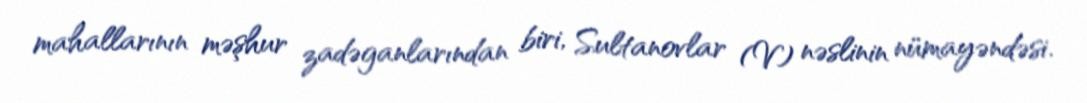
mahallarının məşhur zadəganlarından biri, Sultanovlar (V) nəslinin nümayəndəsi.